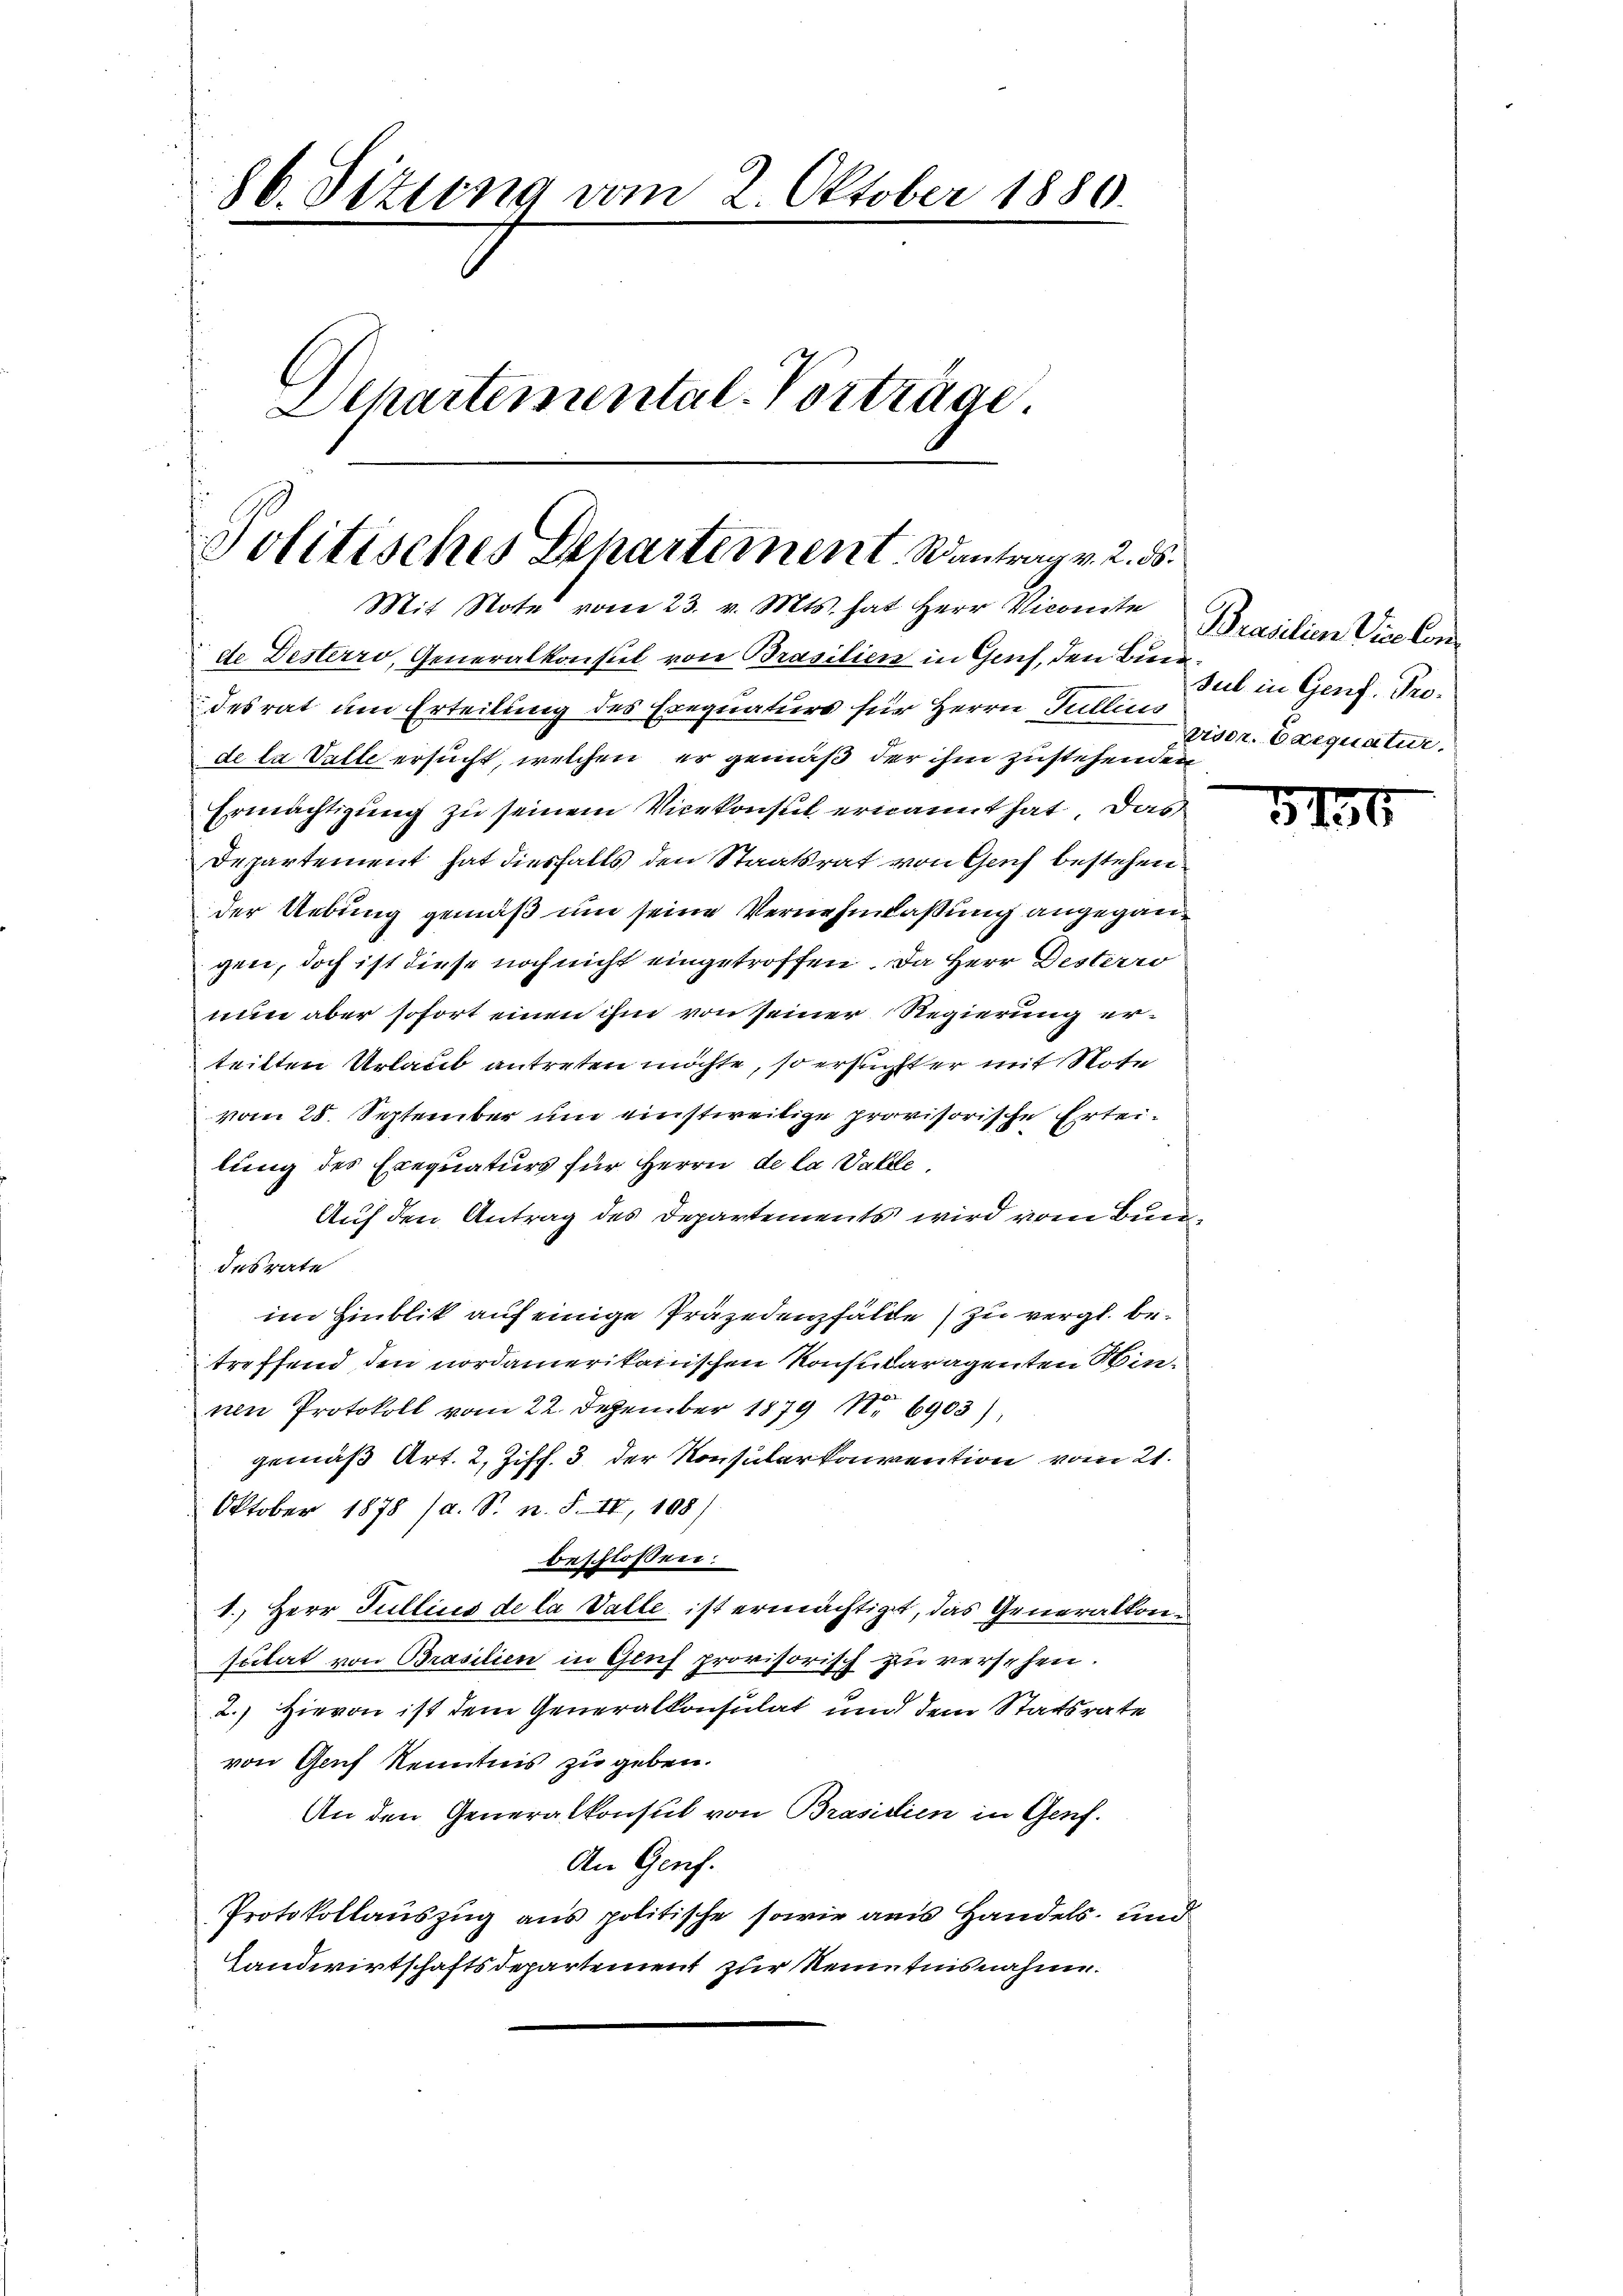
86. Situng vom 2. Oktober 1880.
Eckartemental-Vorträge.

Politisches Departement Rantrag v. 2. ds.
Mit Note vom 23. v. Mts. hat Herr Viconte Brasilien Vicekon

de Desterro, Generalkonsul von Brasilien in Genf, den Bundesrat um Erteilung des Erequaturs für Herrn Jullius
de la Valle ersucht, welchen er gemäß der ihm zustehenden
Ermächtigung zu seinem Vicekonsul ernannt hat. Das
Departement hat diesfalls den Staatsrat von Genf bestehen
der Uebung gemäß um seine Vernehmlaßung angegangen, doch ist diese noch nicht eingetroffen. Da Herr Desterro
nun aber sofort einen ihm von seiner Regierung erteilten Urlaub antreten möchte, so ersuchter mit Note
vom 28. September um einstweilige provisorische Erteilung des Exequaturs für Herrn de la Valle
Auf den Antrag des Departements wird vom Bundesrate
im Hinblik auf einige Präzedenzfälde zu vergl. betreffend den nordamerikanischen Konsularagenten Win-
nen Protokoll vom 22. Dezember 1879 No 6903),
gemäß Art. 2, Ziff. 3 der Konsularkonvention vom 21.
Oktober 1878 (a. S. n. F. II, 108)
beschlossen:
1.) Herr Gullicis de la Valle ist ermächtiget, das Generalkonsulat von Brasilien in Greif provisorisch zu versehen.
2.) Hievon ist dem Generalkonsulat und dem Statsrate
von Genf Kenntnis zu geben.
An den Generalkonsul von Brasidien in Genf.
An Genf.
Protokollauszug aus politische sowie aus Handels- und
Landwirtschaftsdepartement zur Kenntnisnahme.

Sul in Genf. Provisor. Exequatur.

5150